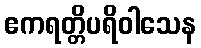
ဧကရတ္တိပရိဝါသေန